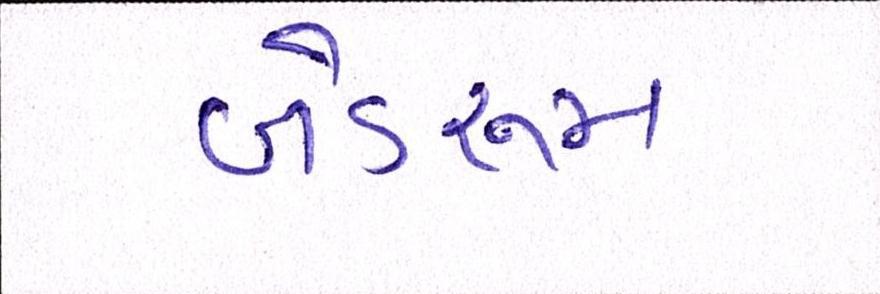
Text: બેડરૂમ